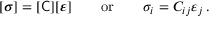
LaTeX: [ { \boldsymbol { \sigma } } ] = [ { \mathsf { C } } ] [ { \boldsymbol { \varepsilon } } ] \qquad { \mathrm { o r } } \qquad \sigma _ { i } = C _ { i j } \varepsilon _ { j } \, .